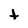
Character: t